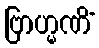
ဗြာဟ္မဏိံ